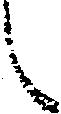
候